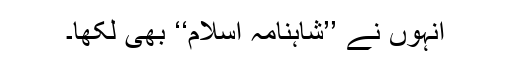
انہوں نے ’’شاہنامہ اسلام‘‘ بھی لکھا۔